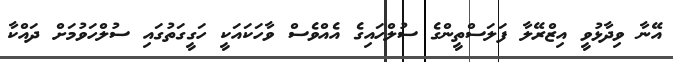
އޭނާ ވިދާޅުވީ އިޒްރޭލާ ފަލަސްތީންގެ ސުލްހައިގެ އެއްވެސް ވާހަކައަކީ ހަގީގަތުގައި ސުލްހަވުމަށް ދައްކާ